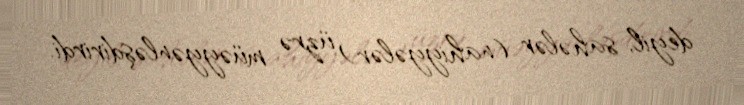
deyil, sahələr (nahiyyələr) üzrə müəyyənləşdirirdi.